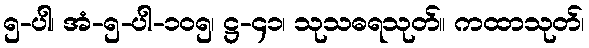
၅-ပါ၊ အံ-၅-ပါ-၁၀၅၊ ဋ္ဌ-၄၁၊ သုသဓရသုတ်။ ကထာသုတ်၊